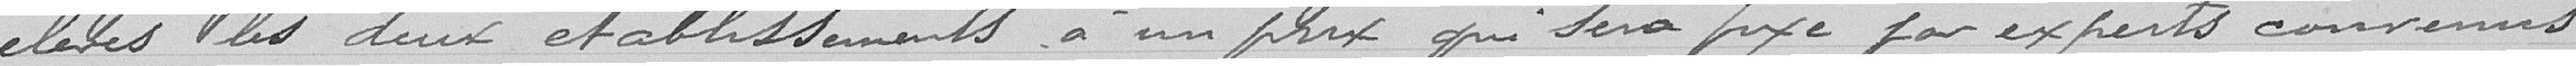
élevés les deux établissements à un prix qui sera fixé par experts convenus